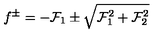
f ^ { \pm } = - { \cal F } _ { 1 } \pm \sqrt { { \cal F } _ { 1 } ^ { 2 } + { \cal F } _ { 2 } ^ { 2 } }